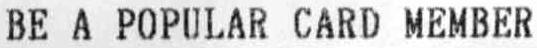
BE A POPULAR CARD MEMBER